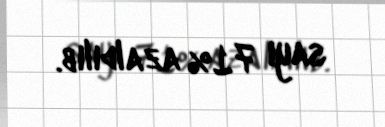
sayı 71% azaldılıb.